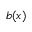
b ( \boldsymbol { x } )